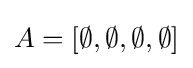
A=[\emptyset ,\emptyset ,\emptyset ,\emptyset ]